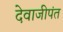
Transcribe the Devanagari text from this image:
देवाजीपंत